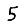
Digit: 5